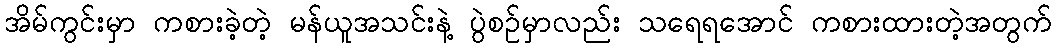
အိမ်ကွင်းမှာ ကစားခဲ့တဲ့ မန်ယူအသင်းနဲ့ ပွဲစဉ်မှာလည်း သရေရအောင် ကစားထားတဲ့အတွက်